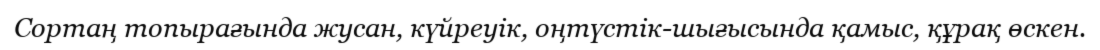
Сортаң топырағында жусан, күйреуік, оңтүстік-шығысында қамыс, құрақ өскен.